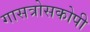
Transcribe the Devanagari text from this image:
गासत्रोसकोपी